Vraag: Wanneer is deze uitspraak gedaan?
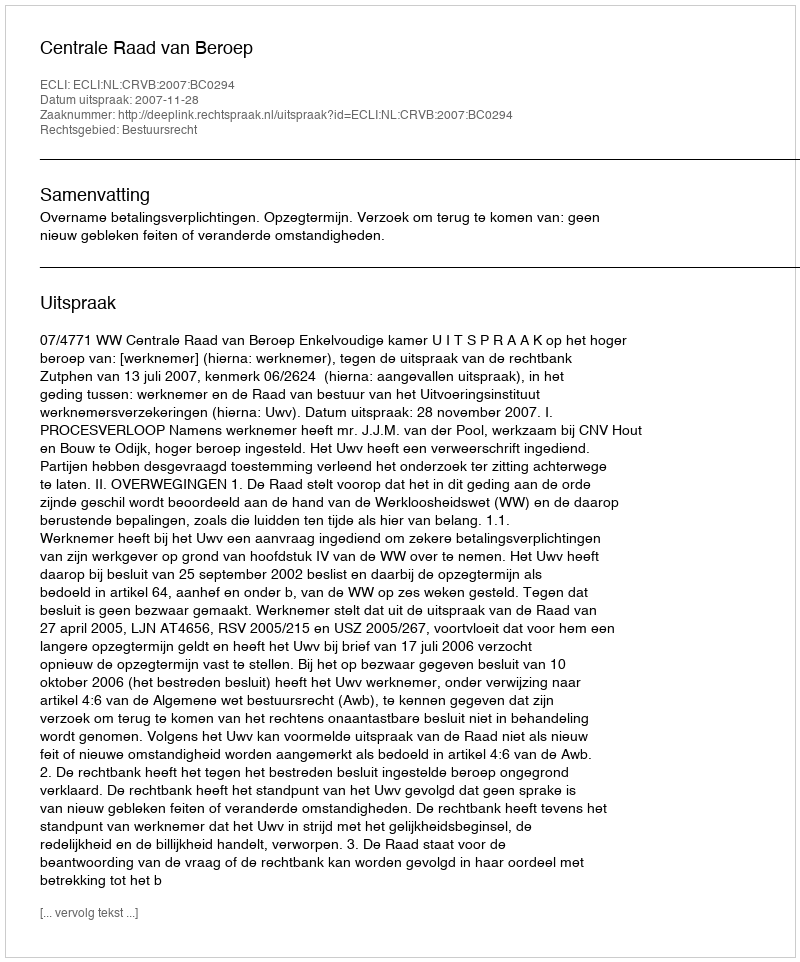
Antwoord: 2007-11-28